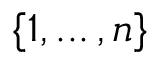
\mathbf { \{ } 1 , . . . \, , n \}